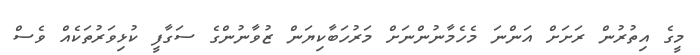
މީގެ އިތުރުން ރަށަށް އަންނަ މެހެމާނުންނަށް މަރުހަބާކިޔަން ޒުވާނުންގެ ސަގާފީ ކުޅިވަރުތަކެއް ވެސް